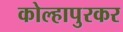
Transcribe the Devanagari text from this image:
कोल्हापुरकर